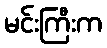
မင်းကြီးက